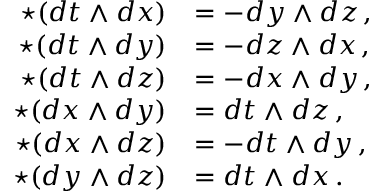
{ \begin{array} { r l } { \star ( d t \wedge d x ) } & { = - d y \wedge d z \, , } \\ { \star ( d t \wedge d y ) } & { = - d z \wedge d x \, , } \\ { \star ( d t \wedge d z ) } & { = - d x \wedge d y \, , } \\ { \star ( d x \wedge d y ) } & { = d t \wedge d z \, , } \\ { \star ( d x \wedge d z ) } & { = - d t \wedge d y \, , } \\ { \star ( d y \wedge d z ) } & { = d t \wedge d x \, . } \end{array} }